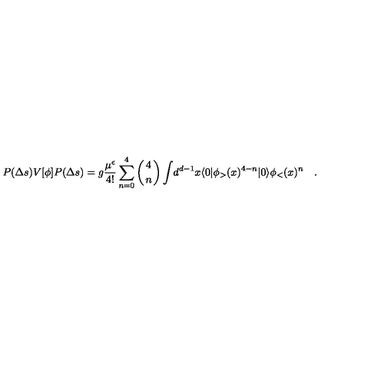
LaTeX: { P ( \Delta s ) V [ \phi ] P ( \Delta s ) } = { g } { \frac { \mu ^ { \epsilon } } { 4 ! } } \sum _ { n = 0 } ^ { 4 } \left( { 4 \atop n } \right) \int \! d ^ { d - 1 } x \langle 0 | \phi _ { > } ( x ) ^ { 4 - n } | 0 \rangle \phi _ { < } ( x ) ^ { n } \quad .